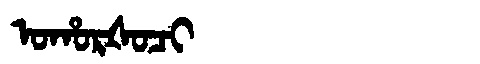
Manchu: ᠣᡥᠣᡵᡧᠣᠴᡳ
Romanization: OHORŠOCI